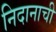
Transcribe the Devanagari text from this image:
निदानाची